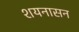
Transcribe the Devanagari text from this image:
शयनासन